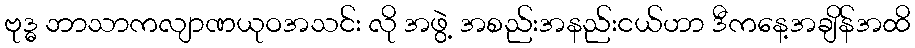
ဗုဒ္ဓ ဘာသာကလျာဏယုဝအသင်း လို အဖွဲ့ အစည်းအနည်းငယ်ဟာ ဒီကနေ့အချိန်အထိ